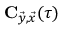
\mathbf { C } _ { \vec { y } , \vec { x } } ( \tau )